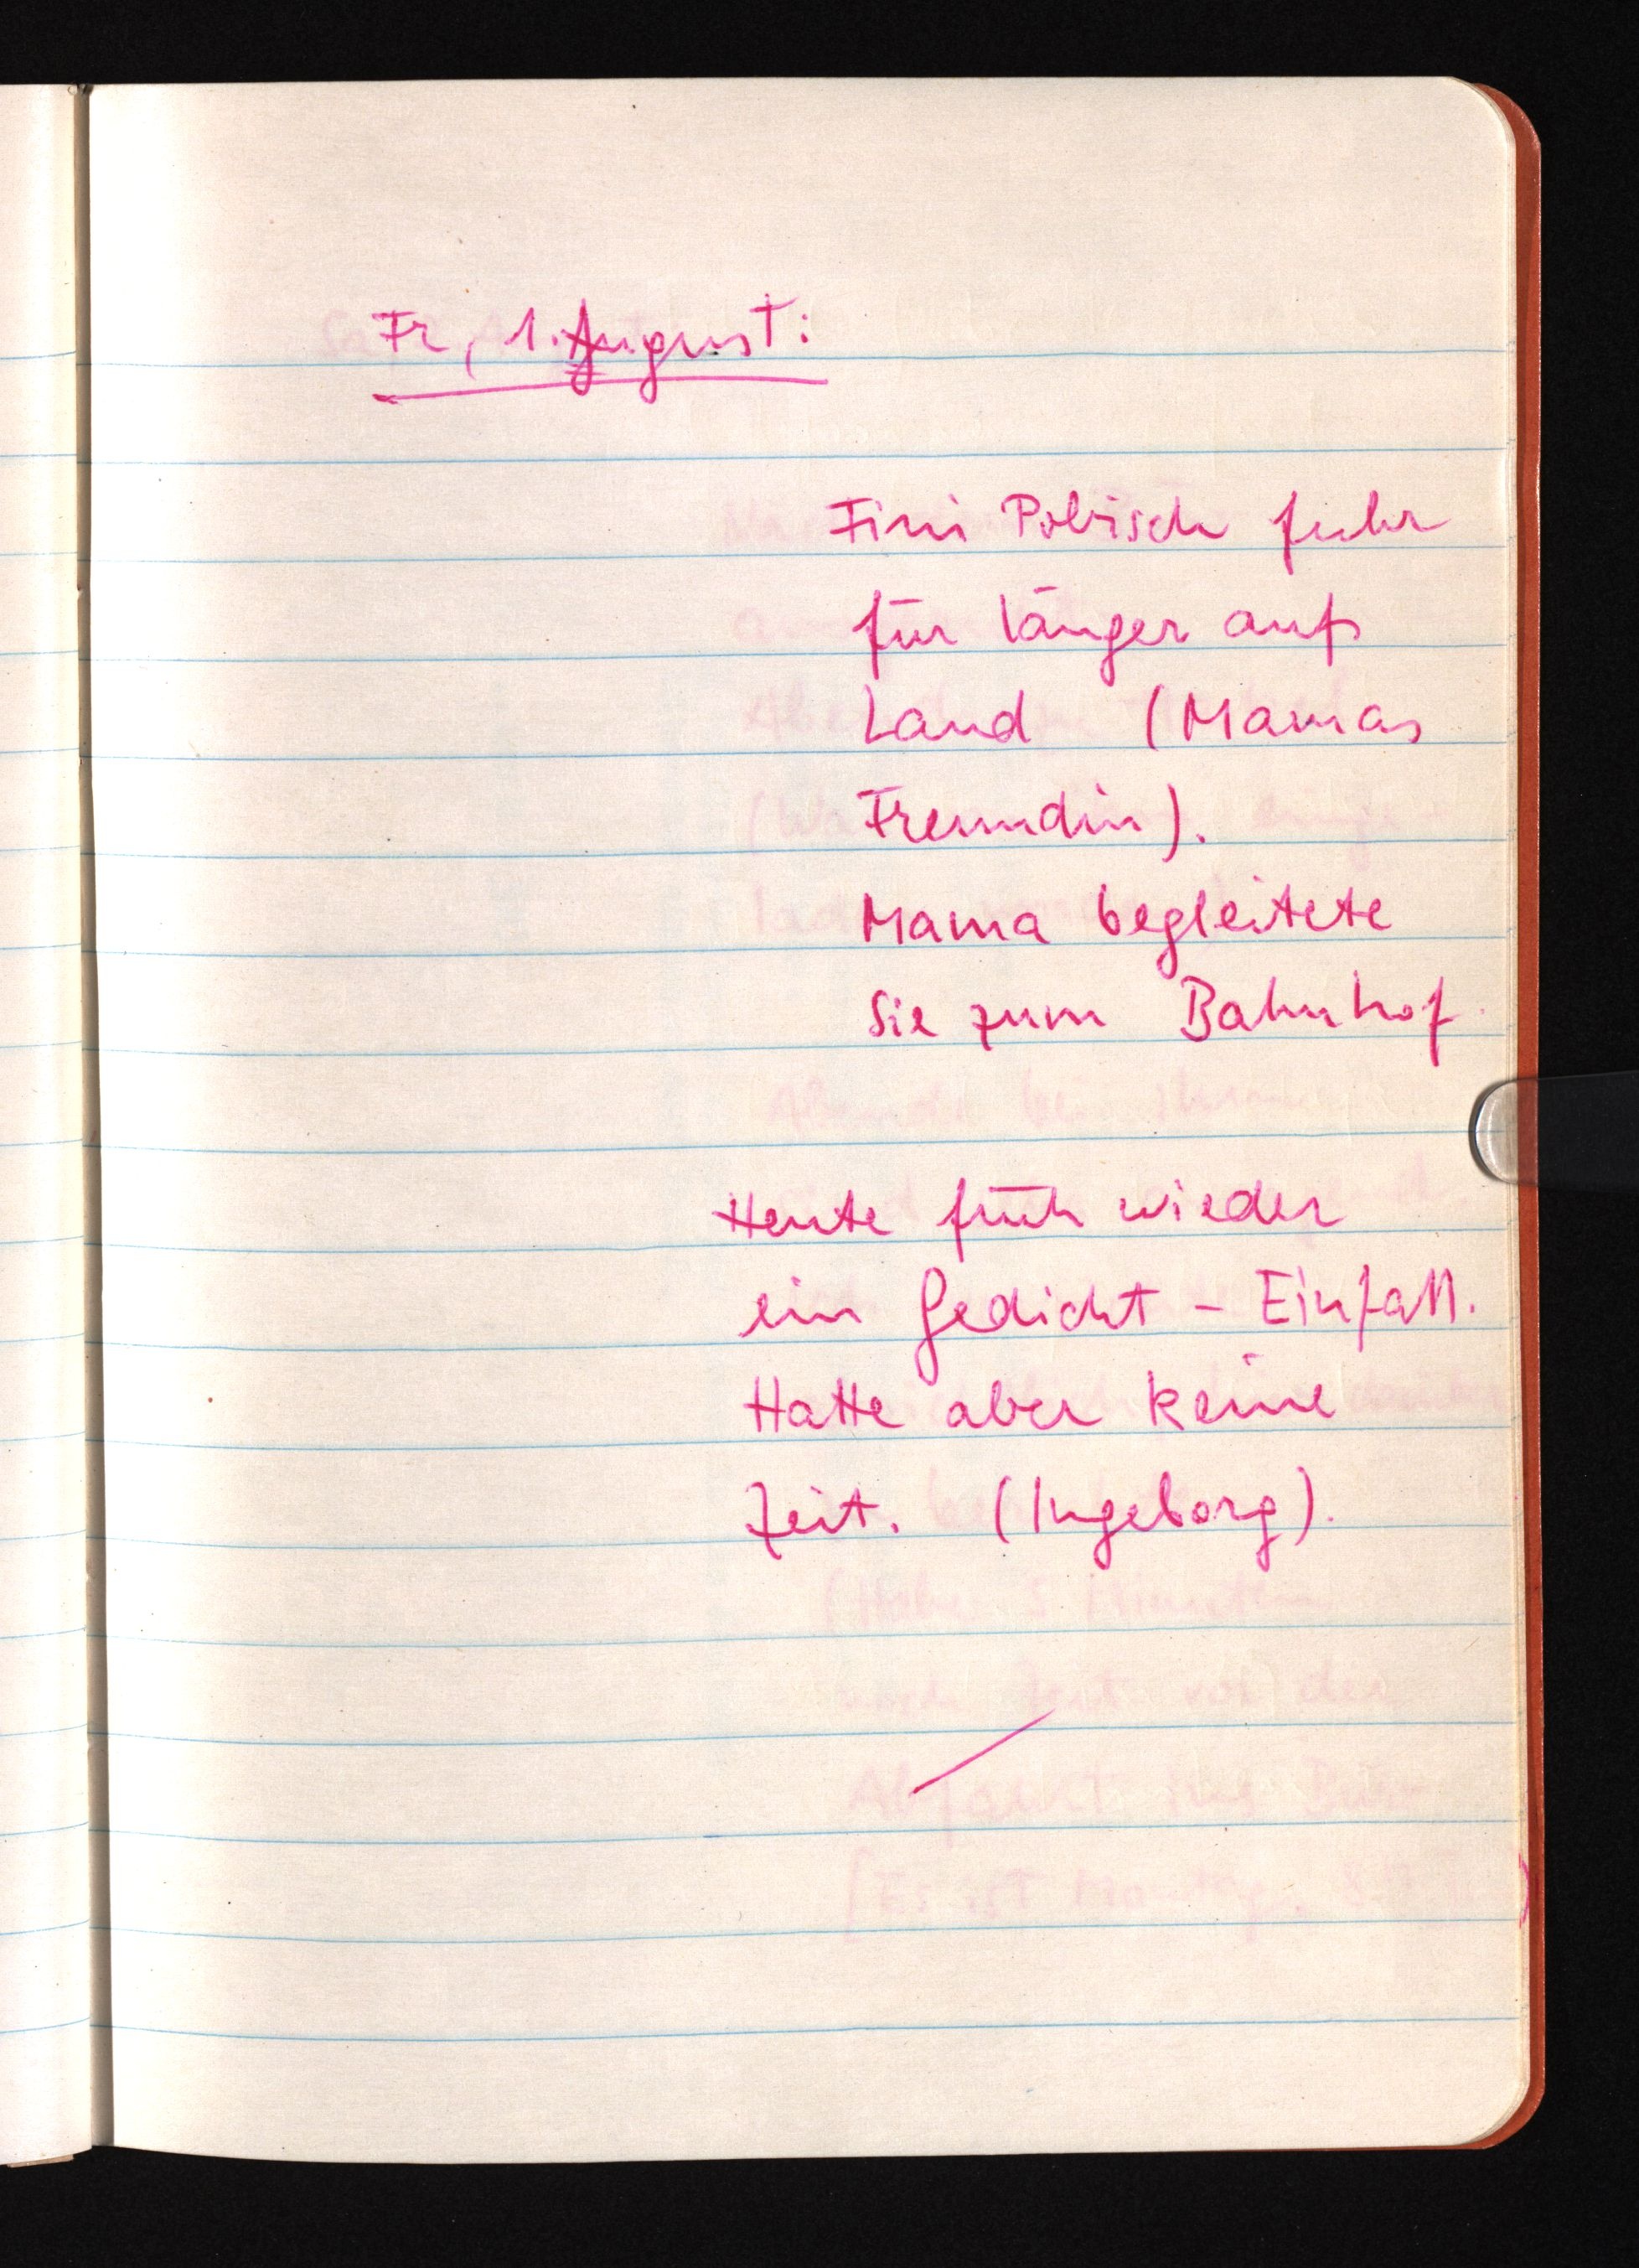
Fr, 1. JAugust:
Fini Pobisch fuhr
für länger aufs
Land (Mamas
Freundin).
Mama begleitete
sie zum Bahnhof.
Heute früh wieder
ein Gedicht-Einfall.
Hatte aber keine
Zeit. (Ingeborg).